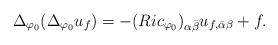
LaTeX: \begin{align*}\Delta_{\varphi_0} (\Delta_{\varphi_0} u_f) = - (Ric_{\varphi_0})_{\alpha \bar{\beta}} u_{f, \bar{\alpha} \beta} +f.\end{align*}